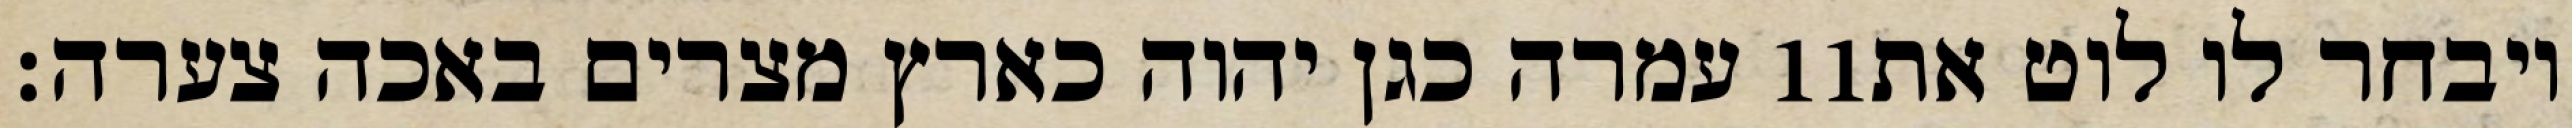
עמרה כגן יהוה כארץ מצרים באכה צערה׃ ‎11‏ ויבחר לו לוט את